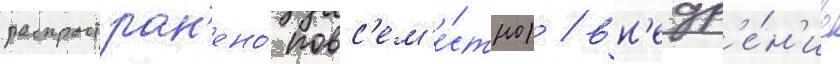
распростран'ено́ повс'ем'е́стно) / вн'едр'е́н'ие